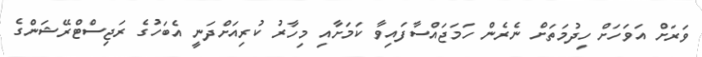
ވަރަށް އަވަހަށް ހިދުމަތަށް ނެރެން ހަމަޖައްސާފައިވާ ކަމަށާއި މިހާރު ކުރިއަށްދަނީ އެބަހުގެ ރަޖިސްޓްރޭޝަންގެ